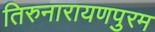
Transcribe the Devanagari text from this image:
तिरुनारायणपुरम